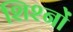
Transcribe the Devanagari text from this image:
शिश्नों